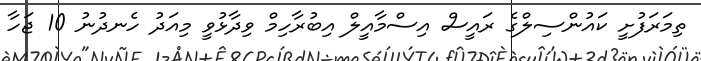
ތިމަރަފުށީ ކައުންސިލްގެ ރައީސް އިސްމާއީލް އިބުރާހިމް ވިދާޅުވީ މިއަދު ހެނދުނު 10 ޖަހާ